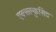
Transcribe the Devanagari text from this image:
एक्सक्लुसिव